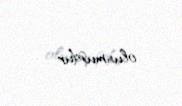
olunmuşdur .